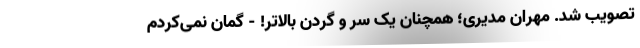
تصویب شد. مهران مدیری؛ همچنان یک سر و گردن بالاتر! - گمان نمی‌کردم